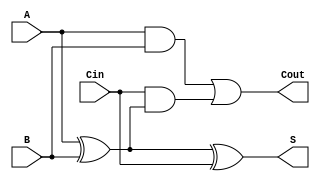
module RippleCarryFullAdder (
    input wire A,     // First binary digit
    input wire B,     // Second binary digit
    input wire Cin,   // Carry input
    output wire S,    // Sum output
    output wire Cout   // Carry output
);

// Intermediate signals
wire xor_ab;        // A XOR B

// XOR gates for sum calculation
assign xor_ab = A ^ B;      // First XOR gate: A XOR B
assign S = xor_ab ^ Cin;    // Second XOR gate: (A XOR B) XOR Cin

// AND gates for carry-out calculation
wire and_ab;        // A AND B
wire and_cin_xor;  // Cin AND (A XOR B)

assign and_ab = A & B;                 // First AND gate: A AND B
assign and_cin_xor = Cin & xor_ab;     // Second AND gate: Cin AND (A XOR B)

// OR gate for carry-out
assign Cout = and_ab | and_cin_xor;    // OR gate: (A AND B) OR (Cin AND (A XOR B))

endmodule